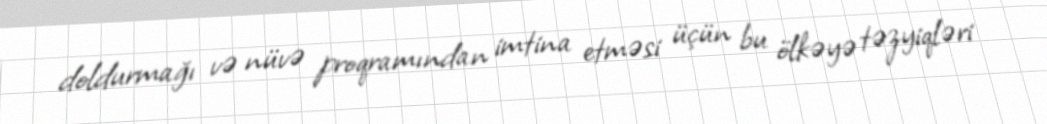
doldurmağı və nüvə proqramından imtina etməsi üçün bu ölkəyə təzyiqləri